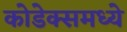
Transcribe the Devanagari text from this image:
कोडेक्समध्ये